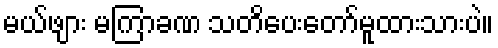
မယ်ဖျား မကြာခဏ သတိပေးတော်မူထားသားပဲ။